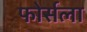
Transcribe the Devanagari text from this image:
फोर्सला